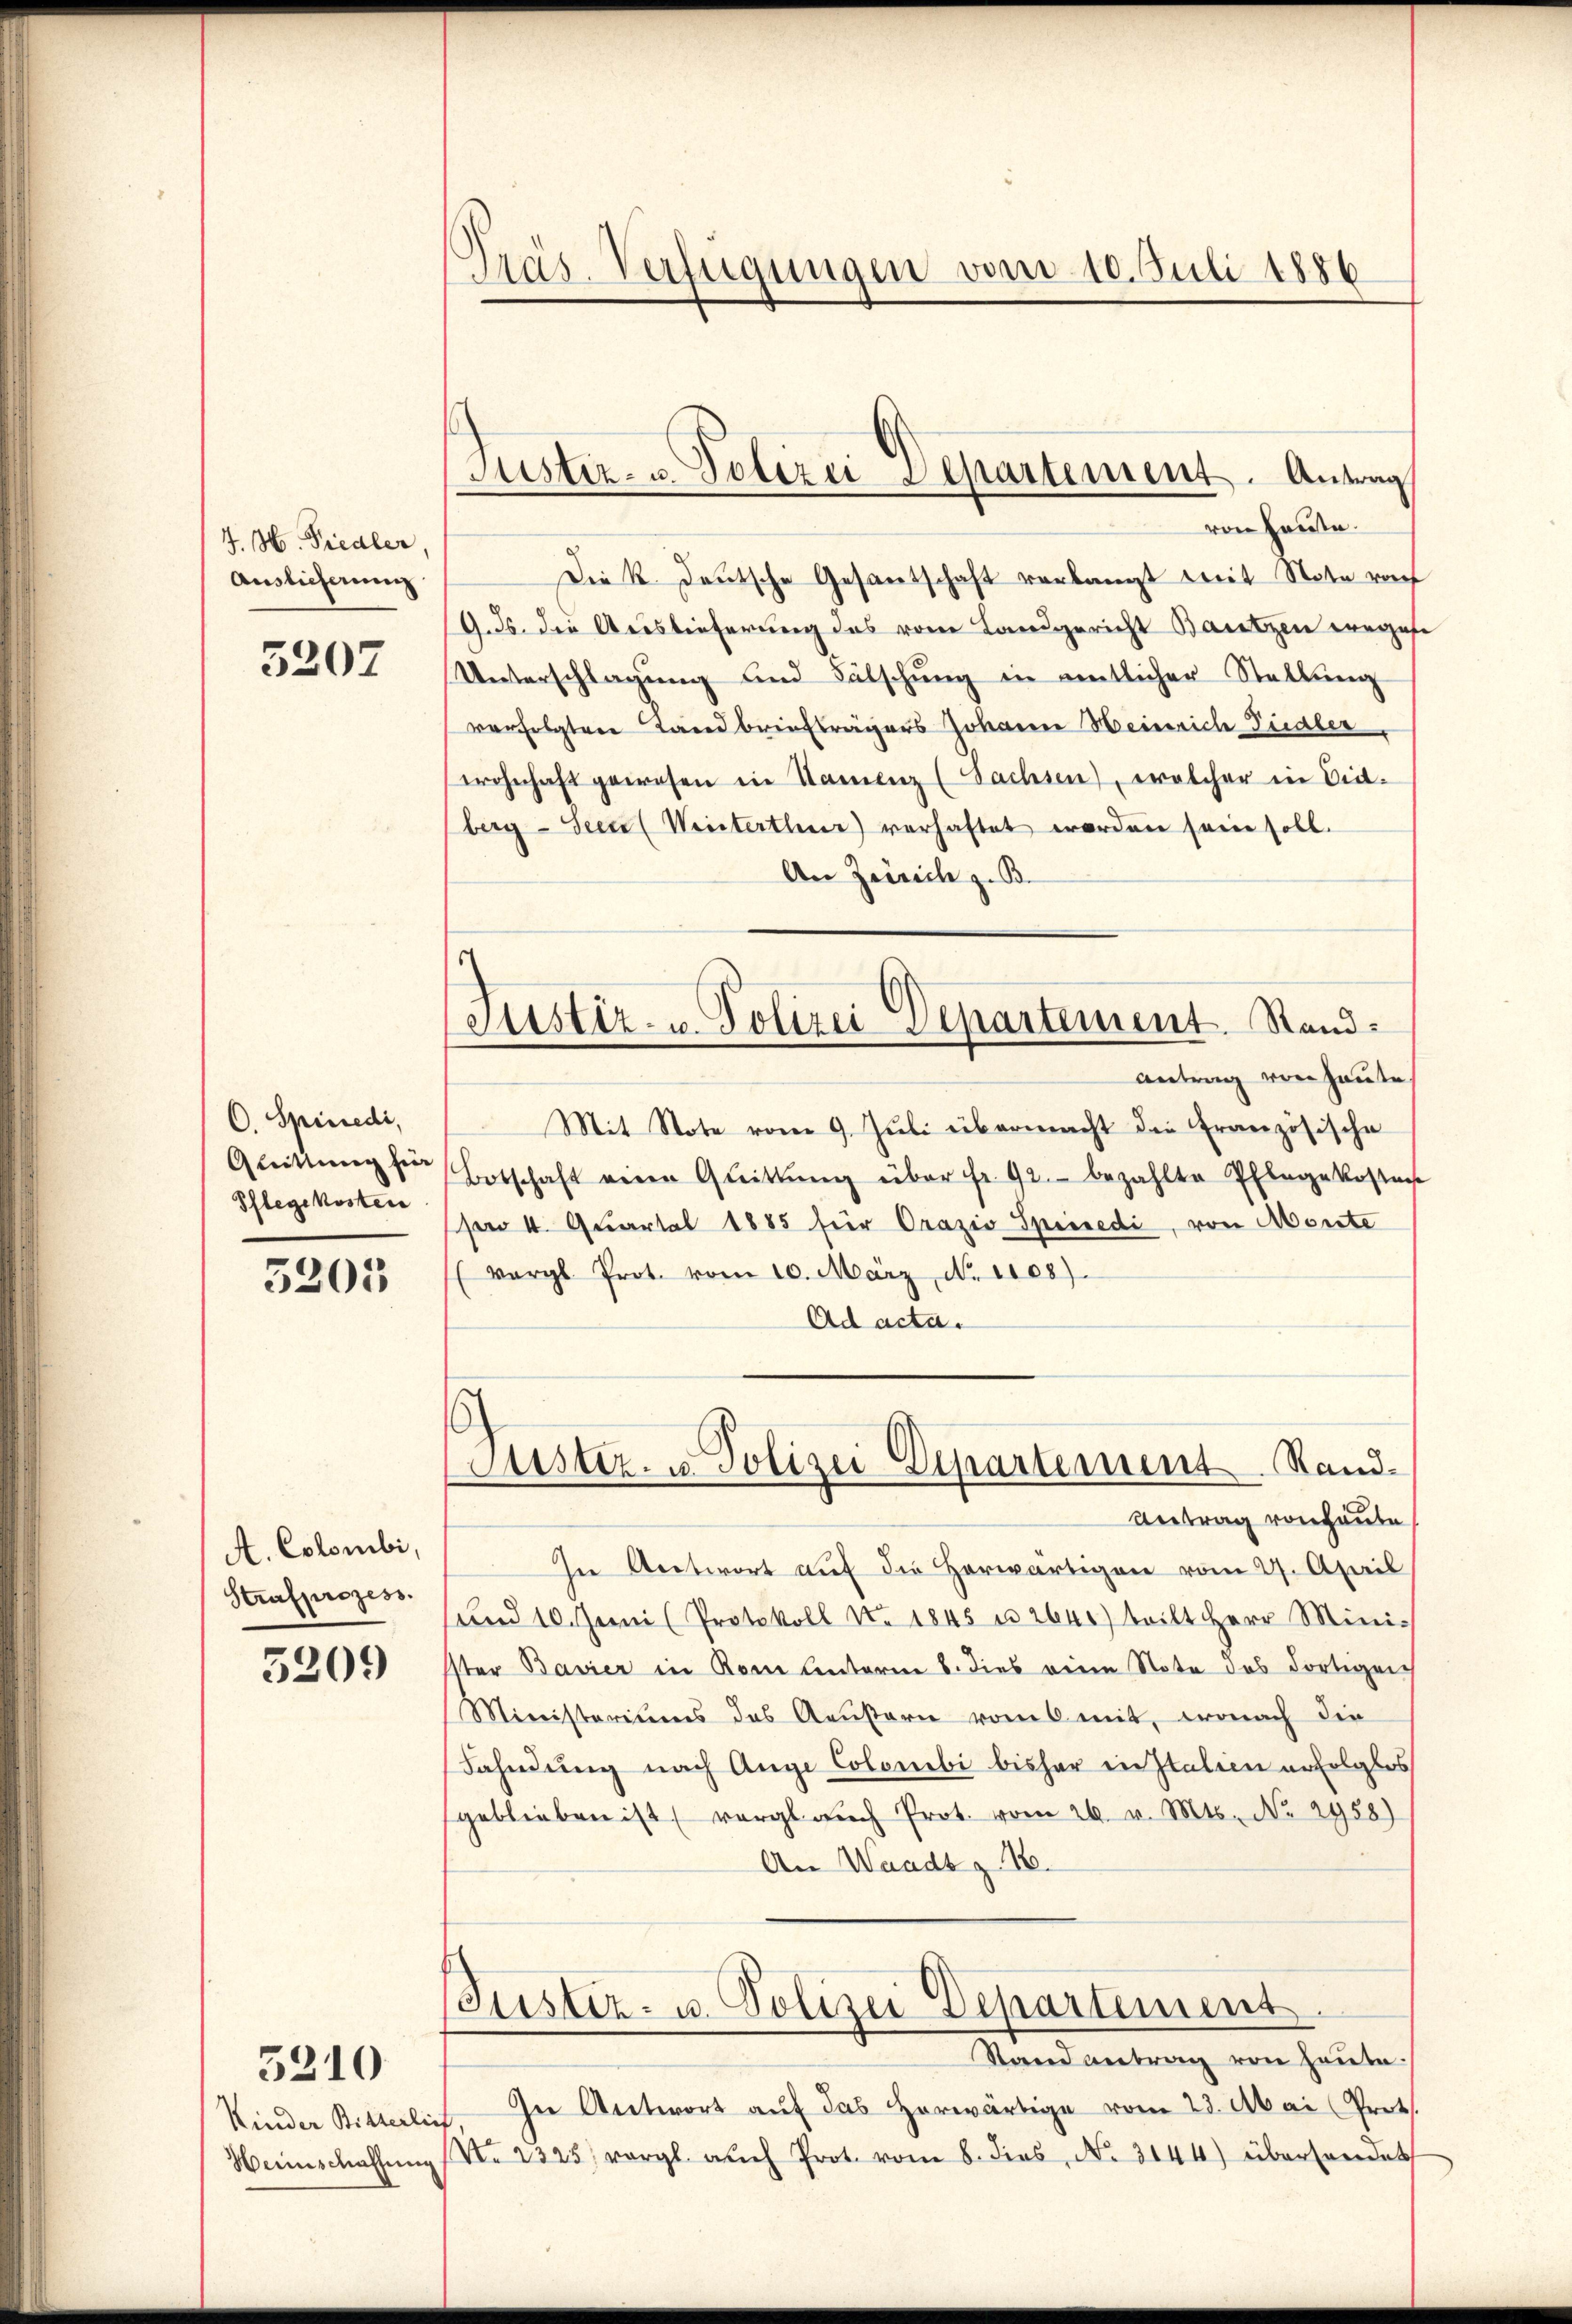
J. H. Fiedler,
Auslieferung

5207

C. Spinedi,
Quittung für
Pflegekosten

5205

A. Colombi,
Strafprozess.

5209

3210

Präs. Verfügungen vom 10. Juli 1886

Suster- u. Polizei Departement. Antrag
von Hause.

s
Justiz- u. Polizei Departement. Sand¬
Antrag von Hause

Die k. deutsche Gesantschaft verlangt mit Note vo
/9. ds. die Auslieferung des vom Landgericht Bautzen wegese
Unterschlagung und Fälschŭng in amtlicher Stellŭng
verfolgten Landbriefträgers Johann Heinrich Fudler,
wohnhaft gewesen in Namenz (Sachsen), welcher in Eid-
berg - Seen (Weiterthur) verhaftet worden sein soll.
An Zürich z. B.
Mit Note vom 9. Jŭli übermacht die Französische
Botschaft einen Quittŭng über fr. 92. bezahlte Pflegekostens
pr 4. Quartal 1885 für Orazis Spinedi, von Monte
(vergl. Prot. vom 10. März No. 1108)
Ad acta.
Justiz- u. Polizei Departement Rand¬
Antrag von heute
In Antwort auf die herwärtigen vom 27. April
und 10. Jenni (Protokoll No 1845 u. 2640) teilt Herr Mini-
ster Bavier in Rom unterm 8. dies viene Note das dortigen
Ministeriums des Aeußern vom 6 mit, wonach die
Fahndung nach Auge Colombi bisher in Italien erfolglos
geblieben ist vergl. auch Prot. vom 26. v. Mts. No. 2958)
An Waadt z. 16.
(Justiz- u. Polizei Departement
Stand antrag von heute.
Kinder Bitterlin In Antwort aŭf das herwärtige vom 23. Mai Prot.
Heimschaffŭng (V. 2325; vergl. auch Prot. vom 8. dies, No. 3144) übersendet